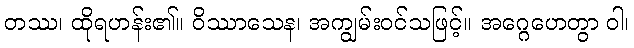
တဿ၊ ထိုရဟန်း၏။ ဝိဿာသေန၊ အကျွမ်းဝင်သဖြင့်။ အဂ္ဂေဟေတွာ ဝါ၊